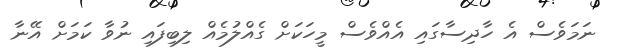
ނަމަވެސް އެ ހާދިސާގައި އެއްވެސް މީހަކަށް ގެއްލުމެއް ލިބިފައި ނުވާ ކަމަށް އޭނާ